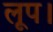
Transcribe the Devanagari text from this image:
लूप।